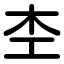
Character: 杢